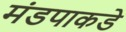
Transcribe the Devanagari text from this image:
मंडपाकडे